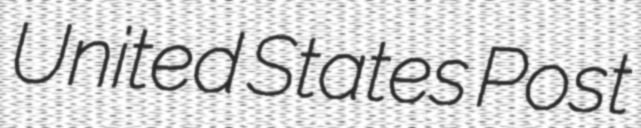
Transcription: United States Post